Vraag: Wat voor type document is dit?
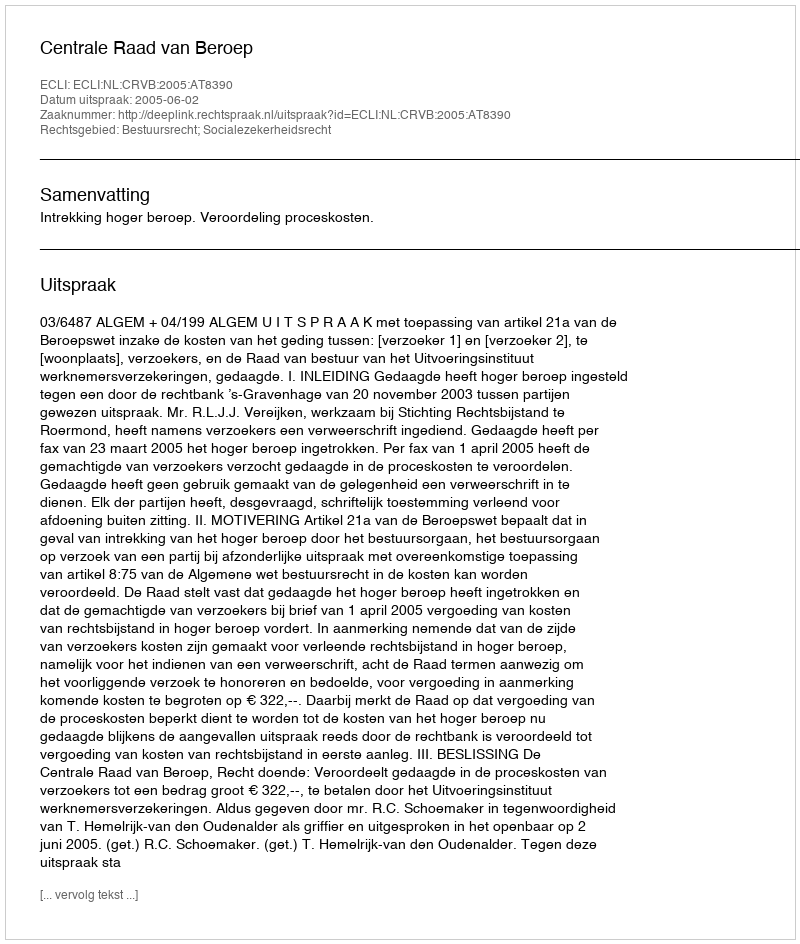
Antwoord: Uitspraak